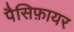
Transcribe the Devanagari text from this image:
पैसिफ़ायर